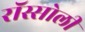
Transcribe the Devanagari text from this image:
रॉस्सोली